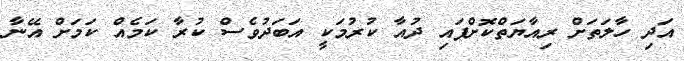
އަދި ހާލަތަށް ރިއާޔަތްކޮށްފައި ދުއާ ކުރުމަކީ އަބަދުވެސް ކުރާ ކަމެއް ކަމަށް އޭނާ